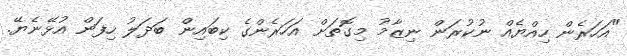
"އަހަރެން ހިއްޔެއް ނުކުރަން ނިޒާމު މިގޮތަށް އަހަރެންގެ ކިބައިން ބަދަލު ހިފަން އުޅޭނެޔޭ.